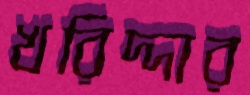
খরিদ্দার